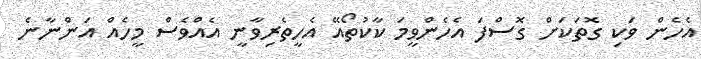
އެހެން ވަކި ގޮތަކަށް ގޮސްފަ އެހެންވީމަ ކާކުތޯއޭ އެހީތެރިވާނީ އެއްވެސް މީހެއް އަންނާނެ